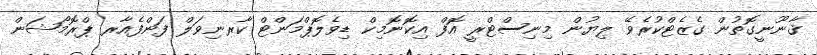
ޤާނޫނީގޮތުން ގެޒެޓްކުރެވޭ ލިޔުން މިނިސްޓްރީ އޮފް އިކޮނޮމިކް ޑިވެލޮޕްމަންޓް ކާރނިވަލް ފަންފެއާރ ޕްރޮމޯޝަން